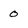
Character: 0